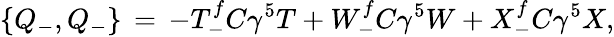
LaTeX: \{ Q_{-},Q_{-}\} \, =\, -T_{-}^{f}C\gamma^{5}T+W_{-}^{f}C\gamma^{5}W+X_{-}^{f}C\gamma^{5}X,